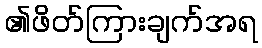
၏ဖိတ်ကြားချက်အရ